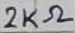
Text: 2KΩ